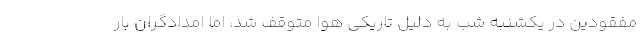
مفقودین در یکشنبه شب‌ به دلیل تاریکی هوا متوقف شد، اما امدادگران بار